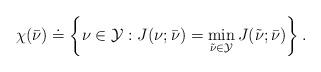
LaTeX: \begin{align*}\chi(\bar{\nu})\doteq \left\{\nu \in \mathcal{Y} : J(\nu;\bar{\nu}) = \min_{\tilde{\nu}\in \mathcal{Y}} J(\tilde{\nu};\bar{\nu}) \right\}.\end{align*}